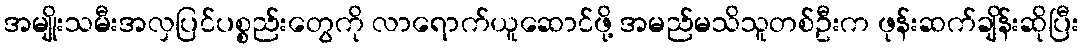
အမျိုးသမီးအလှပြင်ပစ္စည်းတွေကို လာရောက်ယူဆောင်ဖို့ အမည်မသိသူတစ်ဦးက ဖုန်းဆက်ချိန်းဆိုပြီး